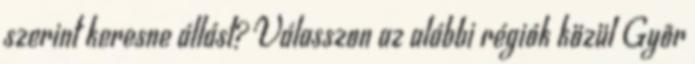
szerint keresne állást? Válasszon az alábbi régiók közül Gyõr